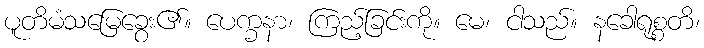
ပူတိမံသမြေခွေး၏။ ပေက္ခနာ၊ ကြည့်ခြင်းကို။ မေ၊ ငါသည်။ နခေါရုစ္စတိ၊